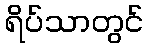
ရိပ်သာတွင်